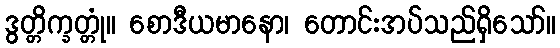
ဒွတ္တိက္ခတ္တုံ။ စောဒီယမာနော၊ တောင်းအပ်သည်ရှိသော်။